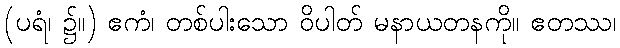
(ပရံ၊ ၌။) ဧကံ၊ တစ်ပါးသော ဝိပါတ် မနာယတနကို။ ဧတဿ၊